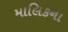
માલિકના